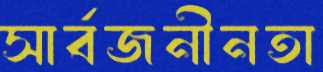
সার্বজনীনতা